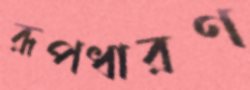
রূপধারণ